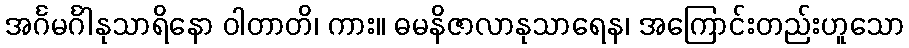
အင်္ဂမင်္ဂါနုသာရိနော ဝါတာတိ၊ ကား။ ဓမနိဇာလာနုသာရေန၊ အကြောင်းတည်းဟူသော